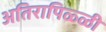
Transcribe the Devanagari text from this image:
अतिरापिळ्ळी